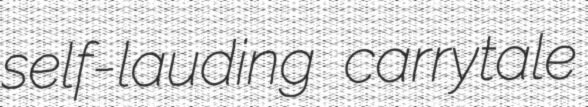
self-lauding carrytale